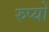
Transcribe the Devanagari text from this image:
रुप्यों